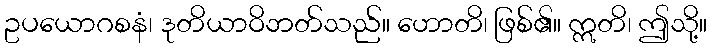
ဥပယောဂစနံ၊ ဒုတိယာဝိဘတ်သည်။ ဟောတိ၊ ဖြစ်၏။ ဣတိ၊ ဤသို့။